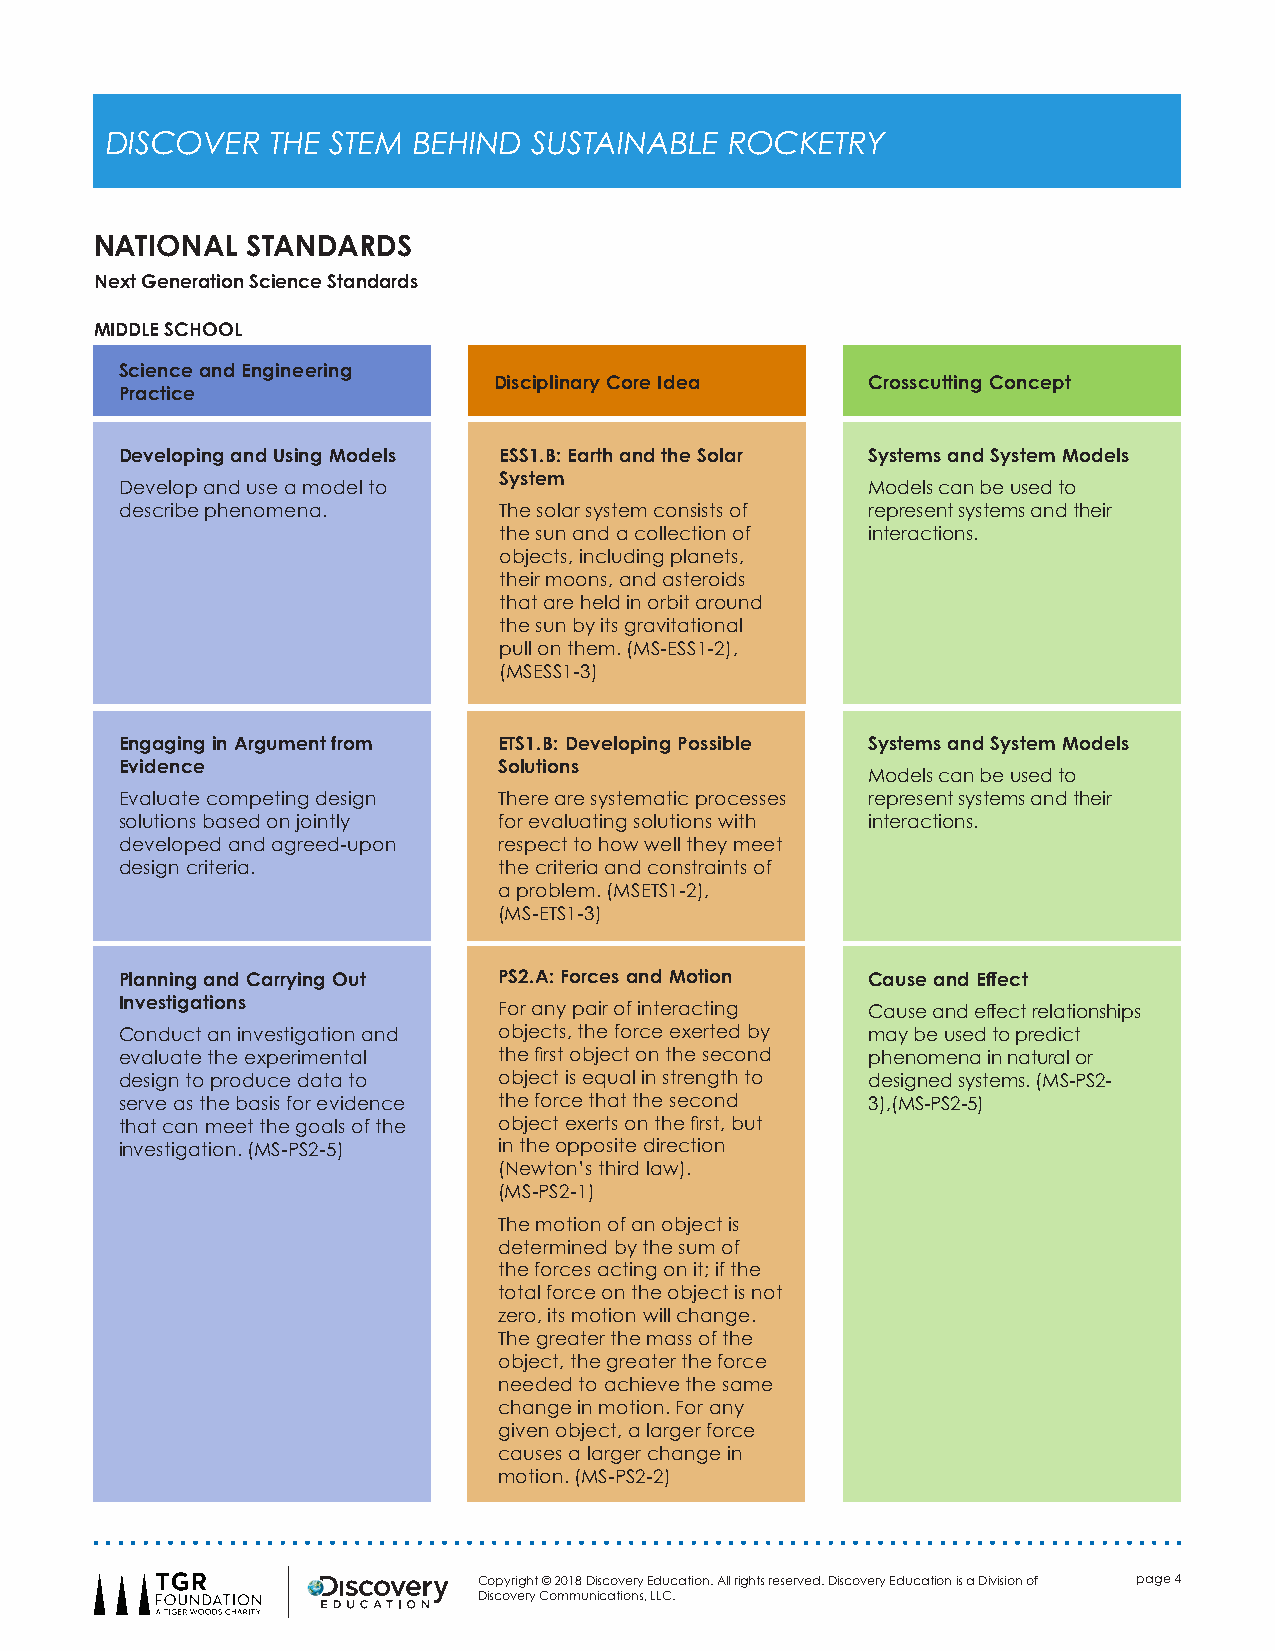
DISCOVER   THE STEM BEHIND  SUSTAINABLE  ROCKETRY
 NATIONAL  STANDARDS
 Next Generation Science Standards
 MIDDLE SCHOOL
 Science and Engineering
 Disciplinary Core Idea   Crosscutting Concept
 Practice
 Developing and Using Models ESS1.B: Earth and the Solar Systems and System Models
 System
 Develop and use a model to                        Models can be used to
 describe phenomena.      The solar system consists of represent systems and their
 the sun and a collection of interactions.
 objects, including planets,
 their moons, and asteroids
 that are held in orbit around
 the sun by its gravitational
 pull on them. (MS-ESS1-2),
 (MSESS1-3)
 Engaging in Argument from ETS1.B: Developing Possible Systems and System Models
 Evidence                 Solutions
 Models can be used to
 Evaluate competing design There are systematic processes represent systems and their
 solutions based on jointly for evaluating solutions with interactions.
 developed and agreed-upon respect to how well they meet
 design criteria.         the criteria and constraints of
 a problem. (MSETS1-2),
 (MS-ETS1-3)
 Planning and Carrying Out PS2.A: Forces and Motion Cause and Effect
 Investigations
 For any pair of interacting Cause and effect relationships
 Conduct an investigation and objects, the force exerted by may be used to predict
 evaluate the experimental the first object on the second phenomena in natural or
 design to produce data to object is equal in strength to designed systems. (MS-PS2-
 serve as the basis for evidence the force that the second 3),(MS-PS2-5)
 that can meet the goals of the object exerts on the first, but
 investigation. (MS-PS2-5) in the opposite direction
 (Newton’s third law).
 (MS-PS2-1)
 The motion of an object is
 determined by the sum of
 the forces acting on it; if the
 total force on the object is not
 zero, its motion will change.
 The greater the mass of the
 object, the greater the force
 needed to achieve the same
 change in motion. For any
 given object, a larger force
 causes a larger change in
 motion. (MS-PS2-2)
 Copyright © 2018 Discovery Education. All rights reserved. Discovery Education is a Division of page 4
 Discovery Communications, LLC.